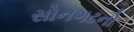
સોનગઢનો